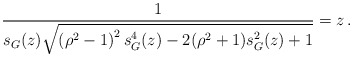
\begin{align*} \frac{1}{s_G(z) \sqrt{\left(\rho^2-1\right)^2 s^4_G(z) -2(\rho^2+1)s^2_G(z)+1}} = z \, . \end{align*}